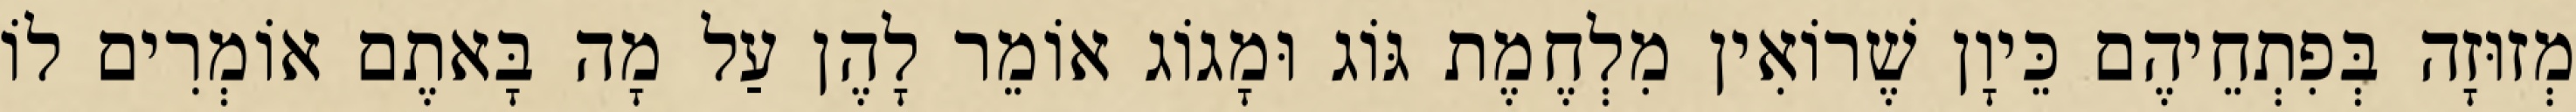
מְזוּזָה בְּפִתְחֵיהֶם כֵּיוָן שֶׁרוֹאִין מִלְחֶמֶת גּוֹג וּמָגוֹג אוֹמֵר לָהֶן עַל מָה בָּאתֶם אוֹמְרִים לוֹ